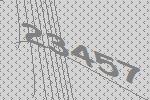
23457